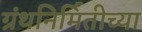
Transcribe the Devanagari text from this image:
ग्रंथनिर्मितीच्या